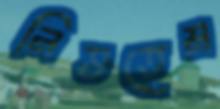
নিভতেম